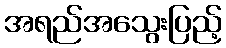
အရည်အသွေးပြည့်